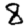
Digit: 8